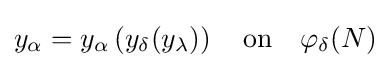
y_{\alpha }=y_{\alpha }\left(y_{\delta }(y_{\lambda })\right)\quad {\text{on}}\quad \varphi _{\delta }(N)